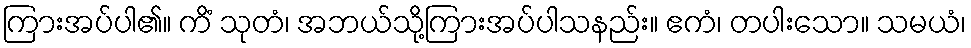
ကြားအပ်ပါ၏။ ကိံ သုတံ၊ အဘယ်သို့ကြားအပ်ပါသနည်း။ ဧကံ၊ တပါးသော။ သမယံ၊